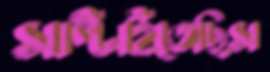
সাপ্‌টাইতেছিস